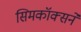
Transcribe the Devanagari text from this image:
सिमकॉक्सने